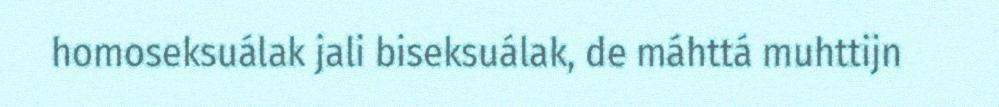
homoseksuálak jali biseksuálak, de máhttá muhttijn